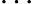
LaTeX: \cdots